Lunatic asylums Punjab 1868-1880 - 1868-1880
Year: 1868
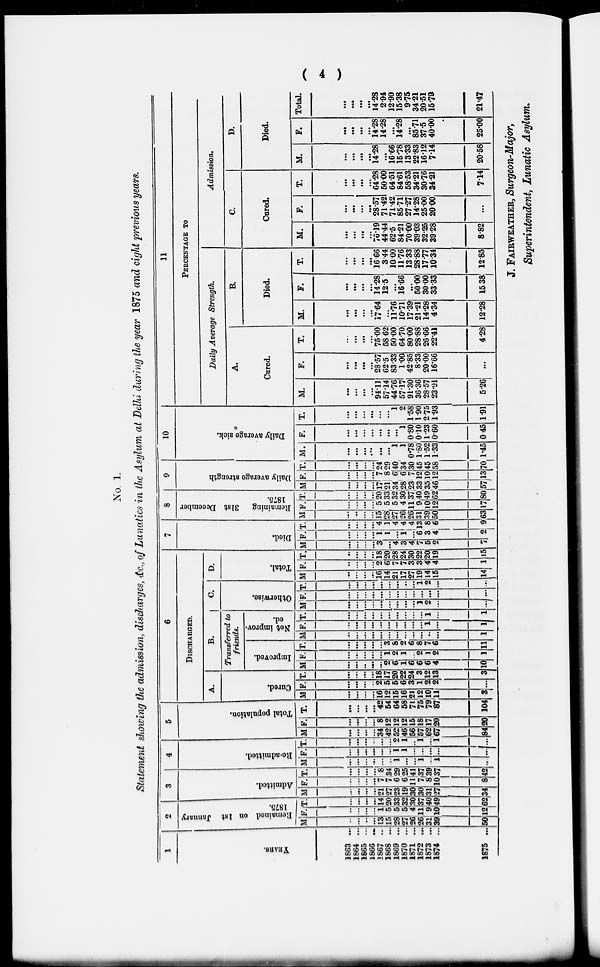
(
4
)
No. 1.
Statement showing the admission, discharges, &c., of Lunatics in the Asylum at Delhi during the year 1875 and eight previous years.
1
YEARS.
1863 ...
1864 ...
1865 ...
1866 ...
1867 ...
1868 ...
1869
...
1870 ...
1871
...
1872 ...
1873 ...
1874 ...
1875 ...
2
Remained on 1st January
1875.
M
..
...
...
...
13
15
28
27
26
26
31
39
50
F.
..
...
...
...
1
5
5
5
4
11
9
10
12
T.
...
...
...
...
14
20
33
32
30
37
40
49
62
3
Admitted.
M
...
...
...
...
21
27
23
19
30
30
31
27
34
F.
...
...
...
...
7
7
6
6
11
7
8
10
8
T.
...
...
...
...
8
34
29
25
41
37
39
37
42
4
Re-admitted.
M
...
...
...
...
...
...
1
...
...
1
...
1
...
F.
...
...
...
...
...
...
1
1
...
...
...
...
...
T.
...
...
...
...
...
...
2
1
...
1
...
1
...
5
Total population.
M
...
...
...
...
34
42
52
46
56
57
62
67
84
F.
...
...
...
...
8
12
12
12
15
18
17
20
20
T.
...
...
...
...
42
54
64
58
71
75
79
87
104
6
DISCHARGED.
A.
Cured.
M
...
...
...
...
16
12
15
16
21
12
10
11
3
F.
...
...
...
...
2
5
5
6
3
1
2
2
...
T.
...
...
...
...
18
17
20
22
24
3
12
13
3
B.
Transferred to
friends.
Improved.
M
...
...
...
...
...
2
6
1
6
6
6
4
10
F.
...
...
...
...
...
1
2
1
...
2
1
2
1
T.
...
...
...
...
...
3
8
2
6 8
7
6
11
Not improv-
ed.
M
...
...
...
...
...
...
...
...
...
...
..
...
1
F.
...
...
...
...
...
...
...
...
...
...
1
...
1
T.
...
...
...
...
...
...
...
...
...
...
1
...
1
C.
Otherwise.
M
...
...
...
...
...
...
...
...
...
1
2
...
...
F.
...
...
...
...
...
...
...
...
...
...
...
...
...
T.
...
...
...
...
...
...
...
...
...
1
2
...
...
D.
Total.
M
...
...
...
...
16
14
21
17
27
19
14
15
14
F.
...
...
...
...
2
6
7
7
3
3
4
4
1
T.
...
...
...
...
18
20
28
24
30
22
20
19
15
7
Died.
M
...
...
...
...
3 ...
4
3
4
7
5
2
7
F.
...
...
...
...
1
1
...
1
...
6
3
4
2
T.
...
...
...
...
4
1
4
4
4
13
8
6
9
8
Remaining 31st December
1875.
M
...
...
...
...
15 28
27
26
26
31
39
50
63
F.
...
...
...
...
5
5
5
4
11
9
10
12
17
T.
...
...
...
...
20
33
32
30
37
40
49
62
80
9
Daily
average strength
M
...
...
...
...
17
21
34
28
23
33
35
46
57
F.
...
...
...
...
7
8
6
6
7
12
10
12
13
T.
...
...
...
...
24
29
40
34
30
45
45
58
70
10
Daily average sick.
M.
...
...
...
...
...
...
1
1
0.78
1.80
1.52
1.33
1.45
F.
...
...
...
...
...
...
...
1
0.80
0.10
1.23
0.60
0.45
T.
...
...
...
...
...
...
1
2
1.58
1.90
2.75
1.93
1.91
11
PERCENTAGE TO
Daily Average Strength.
A.
Cured.
M.
...
...
...
...
94.11
57.14
44.76
57.17
91.30
36.36
28.57
23.91
5.26
F.
...
...
...
...
28.57
62.5
83.33
1.00
42.85
8.33
20.00
16.66
...
T.
...
...
...
...
75.00
58.62
50.00
64.70
80.00
28.88
26.66
22.41
4.28
B.
Died.
M.
...
...
...
...
17.64 ...
11.76
10.71
17.39
21.21
14.28
4.34
12.28
F.
...
...
...
...
14.28
12.5
...
16.66
...
50.00
30.00
33.33
15.38
T.
...
...
...
...
16.66
3.44
10.00
11.76
13.33
28.88
17.77
10.34
12.85
Admission.
C.
Cured.
M.
...
...
...
...
76.19
44.44
62.5
84.21
70.00
39.03
32.25
39.28
8.82
F.
...
...
...
...
28.57
71.42
71.42
85.71
27.27
14.28
25.00
20.00
...
T.
...
...
...
...
64.28
50.00
64.51
84.61
58.53
34.21
30.76
34.21
7.14
D.
Died.
M.
...
...
...
...
14.28
...
16.66
15.78
13.33
22.83
16.12
7.14
20.58
F.
...
...
...
...
14.28
14.28
...
14.28
...
85.71
37.5
40.00
25.00
Total.
...
...
...
...
14.28
2.94
12.90
15.38
9.75
34.21
20.51
15.79
21.47
J. FAIRWEATHER, Surgeon-Major,
Superintendent, Lunatic Asylum.